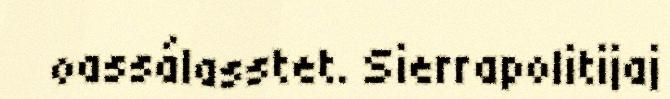
oassálasstet. Sierrapolitijaj